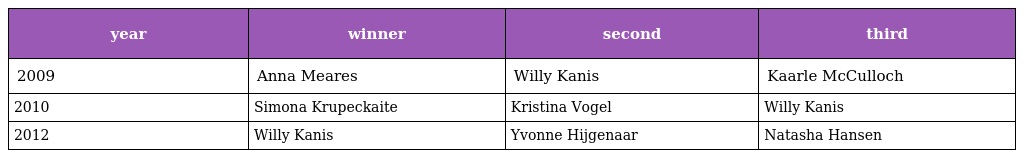
| year | winner | second | third |
 | --- | --- | --- | --- |
 | 2009 | Anna Meares | Willy Kanis | Kaarle McCulloch |
 | 2010 | Simona Krupeckaite | Kristina Vogel | Willy Kanis |
 | 2012 | Willy Kanis | Yvonne Hijgenaar | Natasha Hansen |